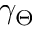
\gamma _ { \Theta }